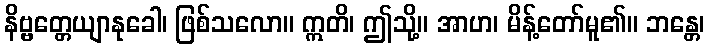
နိဗ္ဗတ္တေယျာနုခေါ၊ ဖြစ်သလော။ ဣတိ၊ ဤသို့။ အာဟ၊ မိန့်တော်မူ၏။ ဘန္တေ၊